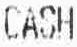
CASH